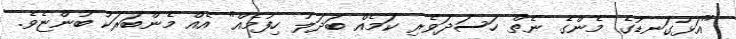
"އަޅުގަނޑުގެ މެންގެ ނެތް ހަސަދަވެރި ކަމެއް ބަދަލު ހިފުމެއް" އެއް މެންބަރަކު ބުންޏެވެ.